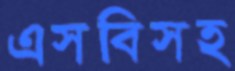
এসবিসহ